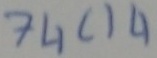
Text: 74C14